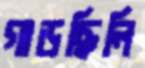
গাড়ছিলি